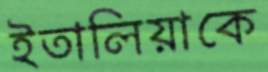
ইতালিয়াকে